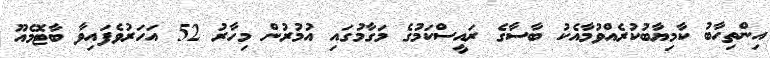
އިންތިހާބު ކާމިޔާބުކުރެއްވުމާއެކު ބާސާގެ ރައީސްކަމުގެ މަގާމުގައި އުމުރުން މިހާރު 52 އަހަރުވެފައިވާ ބާޓޮމެއޫ